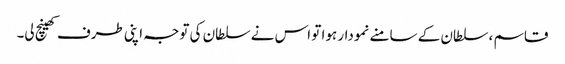
قاسم ، سلطان کے سامنے نمودار ہوا تو اس نے سلطان کی توجہ اپنی طرف کھینچ لی۔